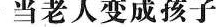
当老人变成孩子